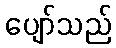
ပျော်သည်